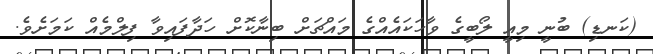
(ކަނޑި) ބުނީ މިއީ ލޯބީގެ ވާހަކައެއްގެ މައްޗަށް ބިނާކޮށް ހަދާފައިވާ ފިލްމެއް ކަމަށެވެ.